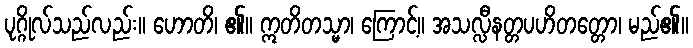
ပုဂ္ဂိုလ်သည်လည်း။ ဟောတိ၊ ၏။ ဣတိတသ္မာ၊ ကြောင့်။ အသလ္လီနတ္တပဟိတတ္တော၊ မည်၏။